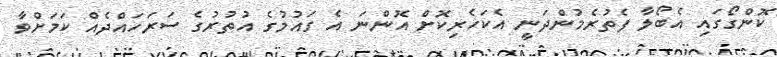
ކޮންގޯގައި އެބޯލާ ފެތުރެމުންދަނީ އެކަހެރިކޮށް އޮންނަ އެ ގައުމުގެ އުތުރުގެ ސަރަހައްދެއް ކަމަށްވާ